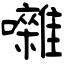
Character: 囃